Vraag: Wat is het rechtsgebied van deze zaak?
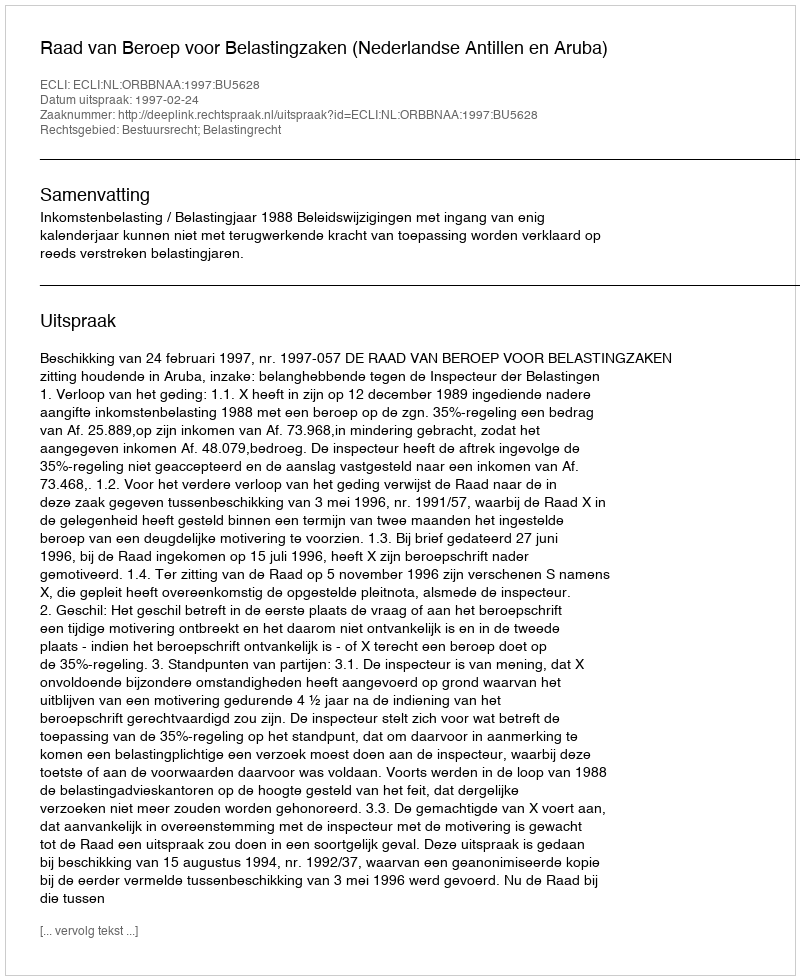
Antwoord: Bestuursrecht; Belastingrecht